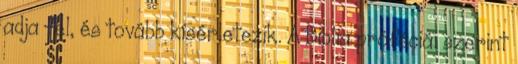
adja fel, és tovább kísérletezik. A Biblia próféciái szerint